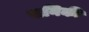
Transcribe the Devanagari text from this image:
खनिकी